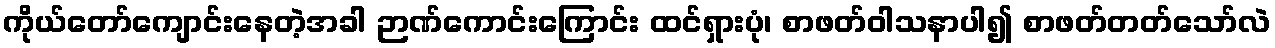
ကိုယ်တော်ကျောင်းနေတဲ့အခါ ဉာဏ်ကောင်းကြောင်း ထင်ရှားပုံ၊ စာဖတ်ဝါသနာပါ၍ စာဖတ်တတ်သော်လဲ